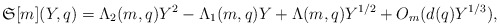
\begin{align*}\mathfrak{S}[m](Y,q)=\Lambda_2(m,q)Y^2-\Lambda_1(m,q)Y+\Lambda(m,q)Y^{1/2}+O_m(d(q)Y^{1/3}),\end{align*}